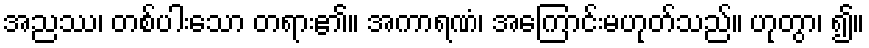
အညဿ၊ တစ်ပါးသော တရား၏။ အကာရဏံ၊ အကြောင်းမဟုတ်သည်။ ဟုတွာ၊ ၍။